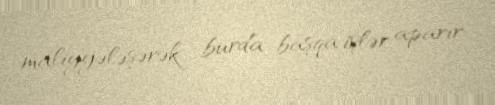
maliyyələşərək burda başqa işlər aparır.